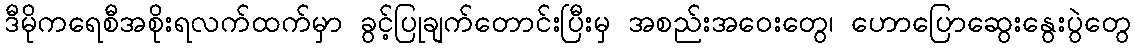
ဒီမိုကရေစီအစိုးရလက်ထက်မှာ ခွင့်ပြုချက်တောင်းပြီးမှ အစည်းအဝေးတွေ၊ ဟောပြောဆွေးနွေးပွဲတွေ